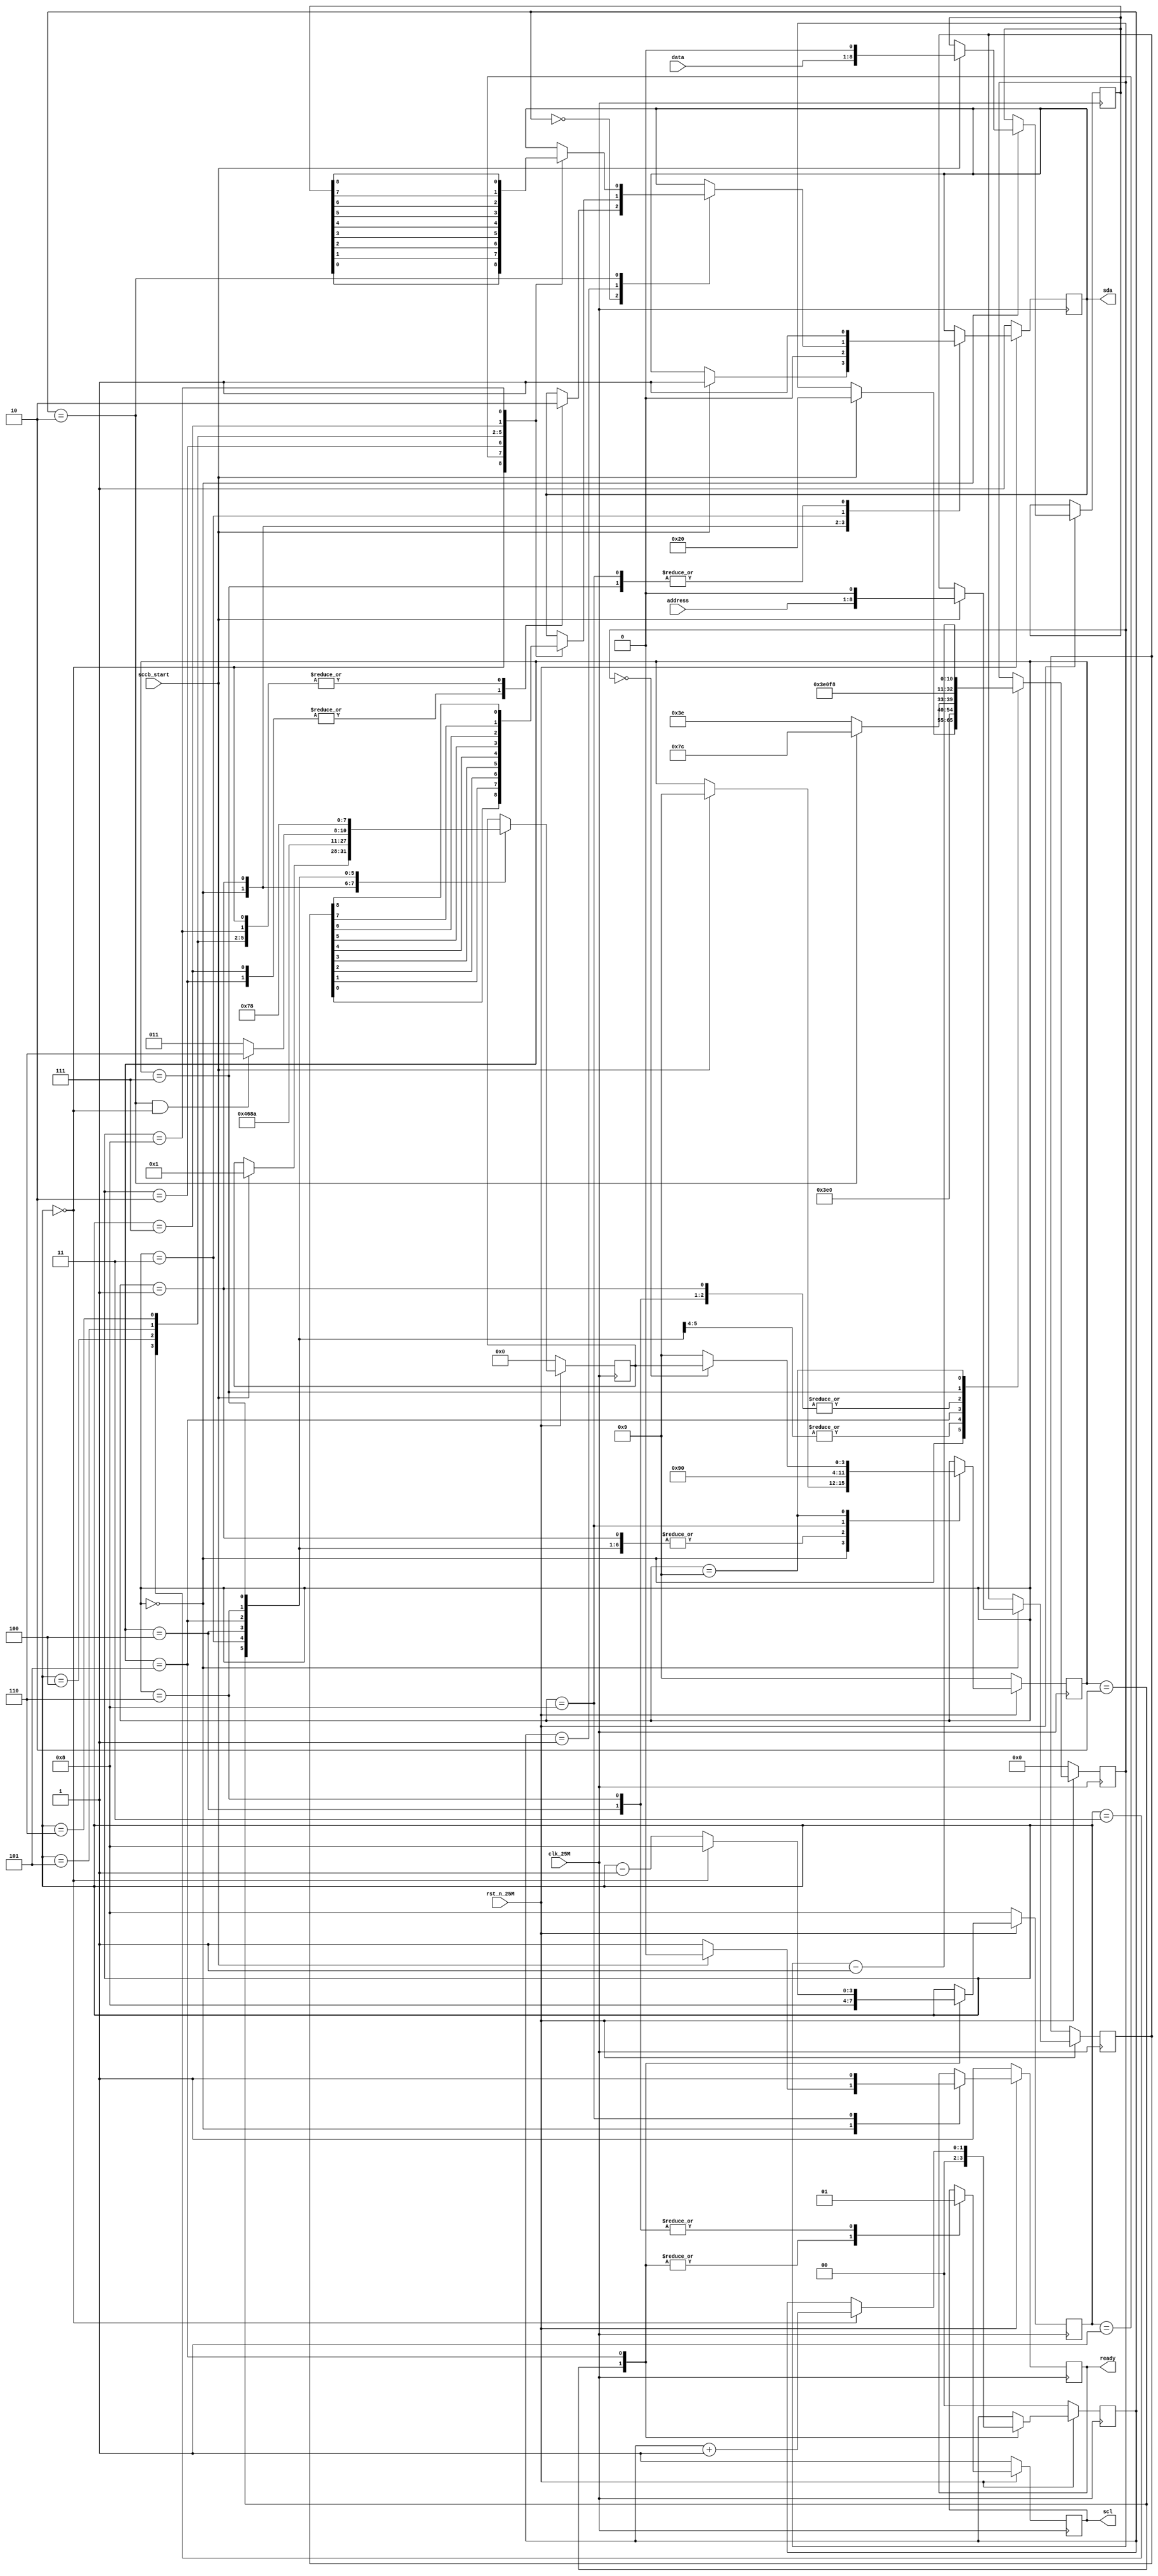
module sccb(
	input clk_25M,
	input sccb_start,
	input rst_n_25M,
	input[7:0] address,
	input[7:0] data,
	output reg sda,
	output reg scl,
	output reg ready
);

	// This module implements the Seraial Camera Controll Bus (SCCB), a variation of I2C.
	// In order to write to the camera register, the camera write address (0x42) must first be transmited through the serail bus. Then the register address is transmited and finally the data to be written.
	// After each of theese 3 bytes are transmited, a don't care bit must be transmited before the next byte. A 0 is appended to all 3 bytes for that reason.
	// The maximum frequency of the serial bus is 100KHz.
	//https://www.waveshare.com/w/upload/1/14/OmniVision_Technologies_Seril_Camera_Control_Bus%28SCCB%29_Specification.pdf

	reg	[3:0] STATE;
	reg	[3:0] RETURN_STATE;
	reg	[8:0] r_address;
	reg	[8:0] r_data;
	reg	[10:0] delay_count;
	reg	[3:0] byte_index;
	reg [1:0] byte_counter;

	localparam cam_address = 9'h084;

	localparam IDLE = 0;
	localparam INIT = 1;
	localparam START = 2;
	localparam BYTE_1 = 3;
	localparam BYTE_2 = 4;
	localparam BYTE_3 = 5;
	localparam STOP_SCL = 6;
	localparam STOP_SDA = 7;
	localparam STOP_SCCB = 8;
	localparam TIMER = 9;



	always@(posedge clk_25M) begin
		if (~rst_n_25M) begin
			scl <= 1'b1;
			sda <= 1'b1;
			ready <= 1'b1;
			STATE <= TIMER;
			RETURN_STATE <= IDLE;
			delay_count <= 11'b0;
			byte_index <= 4'b1000;
			byte_counter <= 2'b0;
		end else begin

			case (STATE)
				IDLE: begin
					if (sccb_start) begin
						STATE <= TIMER;
						RETURN_STATE <= INIT;
						delay_count <= 11'd32;  //Delay 1.28us
						sda <= 1'b1;
						ready <= 1'b0;
						r_address <= {address, 1'b0};
						r_data <= {data, 1'b0};
					end else begin
						ready <= 1'b1;
					end
				end

				INIT: begin
					STATE <= TIMER;
					RETURN_STATE <= START;
					sda <= 1'b0;
					delay_count <= 11'd124; //Delay 5 us
				end

				START: begin
					scl <= 1'b0;
					STATE <= TIMER;
					RETURN_STATE <= BYTE_1;
					delay_count <= 11'd62; //Delay 2.5us
					byte_index <= 4'b1000;
					byte_counter <= 2'b0;
				end

				BYTE_1: begin
					case(byte_counter)
						2'b00: begin
							case(byte_index)
								4'b0000: sda <= cam_address[0];
								4'b0001: sda <= cam_address[1];
								4'b0010: sda <= cam_address[2];
								4'b0011: sda <= cam_address[3];
								4'b0100: sda <= cam_address[4];
								4'b0101: sda <= cam_address[5];
								4'b0110: sda <= cam_address[6];
								4'b0111: sda <= cam_address[7];
								4'b1000: sda <= cam_address[8];
							endcase
						end

						2'b01: begin
							case(byte_index)
								4'b0000: sda <= r_address[0];
								4'b0001: sda <= r_address[1];
								4'b0010: sda <= r_address[2];
								4'b0011: sda <= r_address[3];
								4'b0100: sda <= r_address[4];
								4'b0101: sda <= r_address[5];
								4'b0110: sda <= r_address[6];
								4'b0111: sda <= r_address[7];
								4'b1000: sda <= r_address[8];
							endcase
						end

						2'b10: begin
							case(byte_index)
								4'b0000: sda <= r_data[0];
								4'b0001: sda <= r_data[1];
								4'b0010: sda <= r_data[2];
								4'b0011: sda <= r_data[3];
								4'b0100: sda <= r_data[4];
								4'b0101: sda <= r_data[5];
								4'b0110: sda <= r_data[6];
								4'b0111: sda <= r_data[7];
								4'b1000: sda <= r_data[8];
							endcase
						end

					endcase
					STATE <= TIMER;
					RETURN_STATE <= BYTE_2;
					delay_count <= 11'd62; //Delay 2.5us
				end

				BYTE_2: begin
					scl <= 1'b1;
					STATE <= TIMER;
					RETURN_STATE <= BYTE_3;
					delay_count <= 11'd124;
				end

				BYTE_3: begin
					scl <= 1'b0;
					STATE <= TIMER;
					RETURN_STATE <= (byte_counter == 2'b10 && byte_index == 4'b0) ? STOP_SCL : BYTE_1;
					delay_count <= (byte_counter == 2'b10) ? 11'd124 : 11'd62;
					byte_counter <= (byte_index == 0) ? byte_counter + 1 : byte_counter;
					byte_index <= (byte_index == 0) ? 4'b1000 : byte_index - 1;
				end


				STOP_SCL: begin
					scl <= 1'b1;
					STATE <= TIMER;
					RETURN_STATE <= STOP_SDA;
					delay_count <= 11'd124; //Delay 5us
				end

				STOP_SDA: begin
					sda <= 1'b1;
					STATE <= TIMER;
					RETURN_STATE <= STOP_SCCB;
					delay_count <= 11'd248; // Delay 1.28us
				end

				STOP_SCCB: begin
					sda <= 1'b1;
					STATE <= IDLE;
					ready <= 1'b1;

				end

				TIMER: begin
					STATE <= (delay_count == 0) ? RETURN_STATE : TIMER;
					delay_count <= delay_count - 1;
				end

			endcase

		end
	end
endmodule